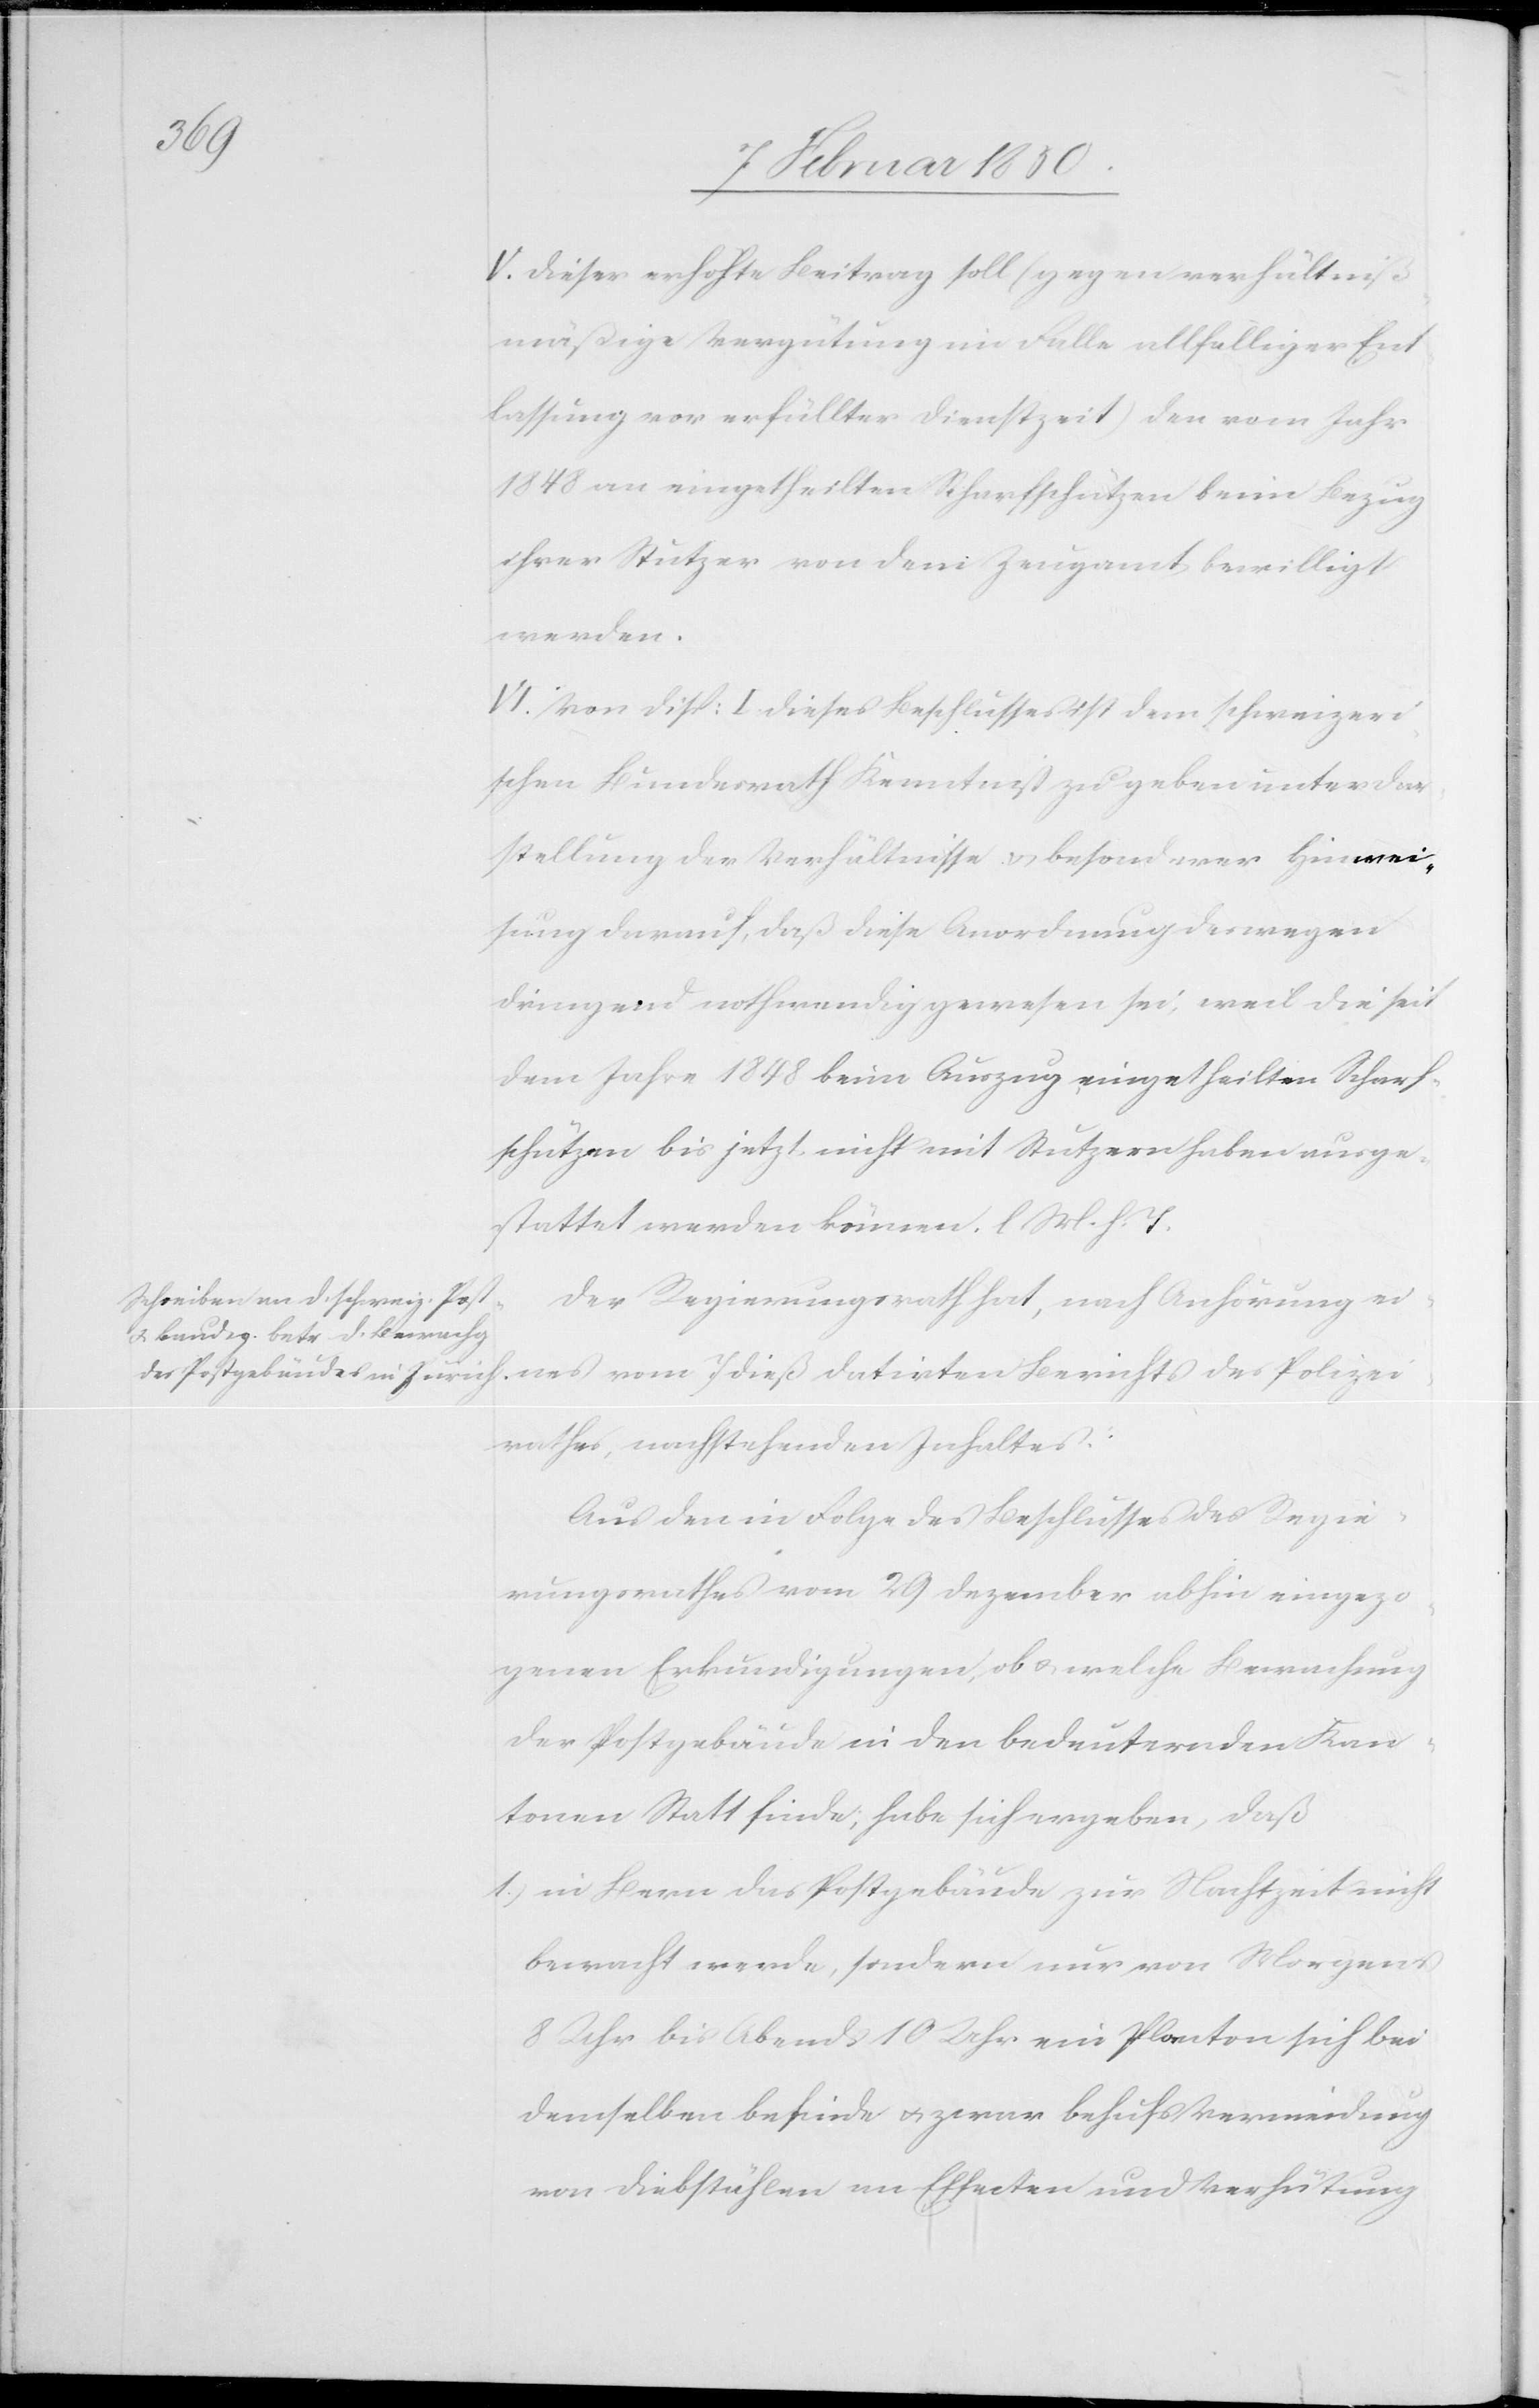
Polizei¬
V. Dieser erhöhte Beitrag soll (gegen verhältniß¬
mäßige Vergütung im Falle allfälliger Ent¬
lassung vor erfüllter Dienstzeit) den vom Jahr
1848 an eingetheilten Scharfschützen beim Bezug
ihrer Stutzer von dem Zeugamt bewilligt
werden.
VI. Von Disp: I dieses Beschlusses ist dem schweizeri¬
schen Bundesrath Kenntniß zu geben unter Dar¬
stellung der Verhältnisse u. besonderer Hinwei¬
sung darauf, daß diese Anordnung deswegen
dringend nothwendig gewesen sei, weil die seit
dem Jahre 1848 beim Auszug eingetheilten Scharf¬
schützen bis jetzt nicht mit Stutzern haben ausge¬
stattet werden können. l. M. h. T.
Der Regierungsrath hat, nach Anhörung eines
rathes, nachstehenden Inhaltes:
Aus den in Folge des Berichtes abhin einge¬
zogenen Erkundigungen, ob u. welche Bewachung
der Postgebäude in den bedeutenden Kan¬
tonen Statt finde, habe sich ergeben, daß
1.) in Bern das Postgebäude zur Nachtzeit nicht
bewacht werde, sondern nur von Morgens
8 Uhr bis Abends 10 Uhr ein Planton sich bei
demselben befinde u. zwar behufs Vermeidung
von Diebstählen an Effecten und Verhütung